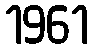
1961